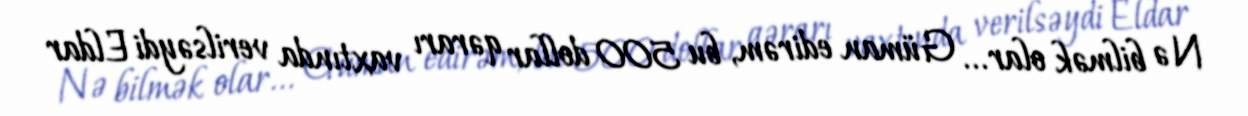
Nə bilmək olar... Güman edirəm, bu 500 dollar qərarı vaxtında verilsəydi Eldar